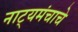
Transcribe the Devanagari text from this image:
नाट्यमंचाचे